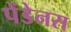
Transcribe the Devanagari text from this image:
पेंडेनस